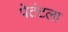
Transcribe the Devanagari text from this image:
पेटंटला